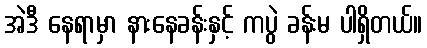
အဲဒီ နေရာမှာ နားနေခန်းနှင့် ကပွဲ ခန်းမ ပါရှိတယ်။